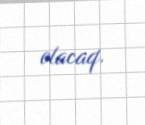
olacaq.